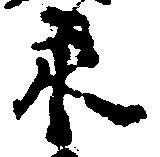
永